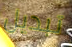
تبديل